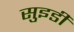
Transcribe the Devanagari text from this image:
सुइडी